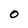
Character: O